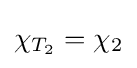
\chi _{T_{2}}=\chi _{2}